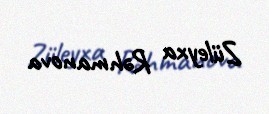
Züleyxa Rəhmanova